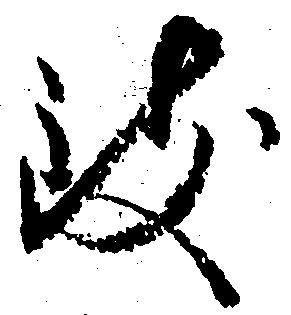
致